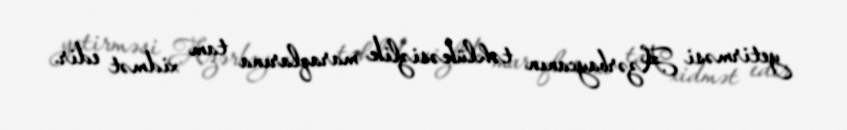
yetirməsi Azərbaycanın təhlükəsizlik maraqlarına tam xidmət edir.